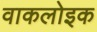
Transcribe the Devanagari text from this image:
वाकलोइक